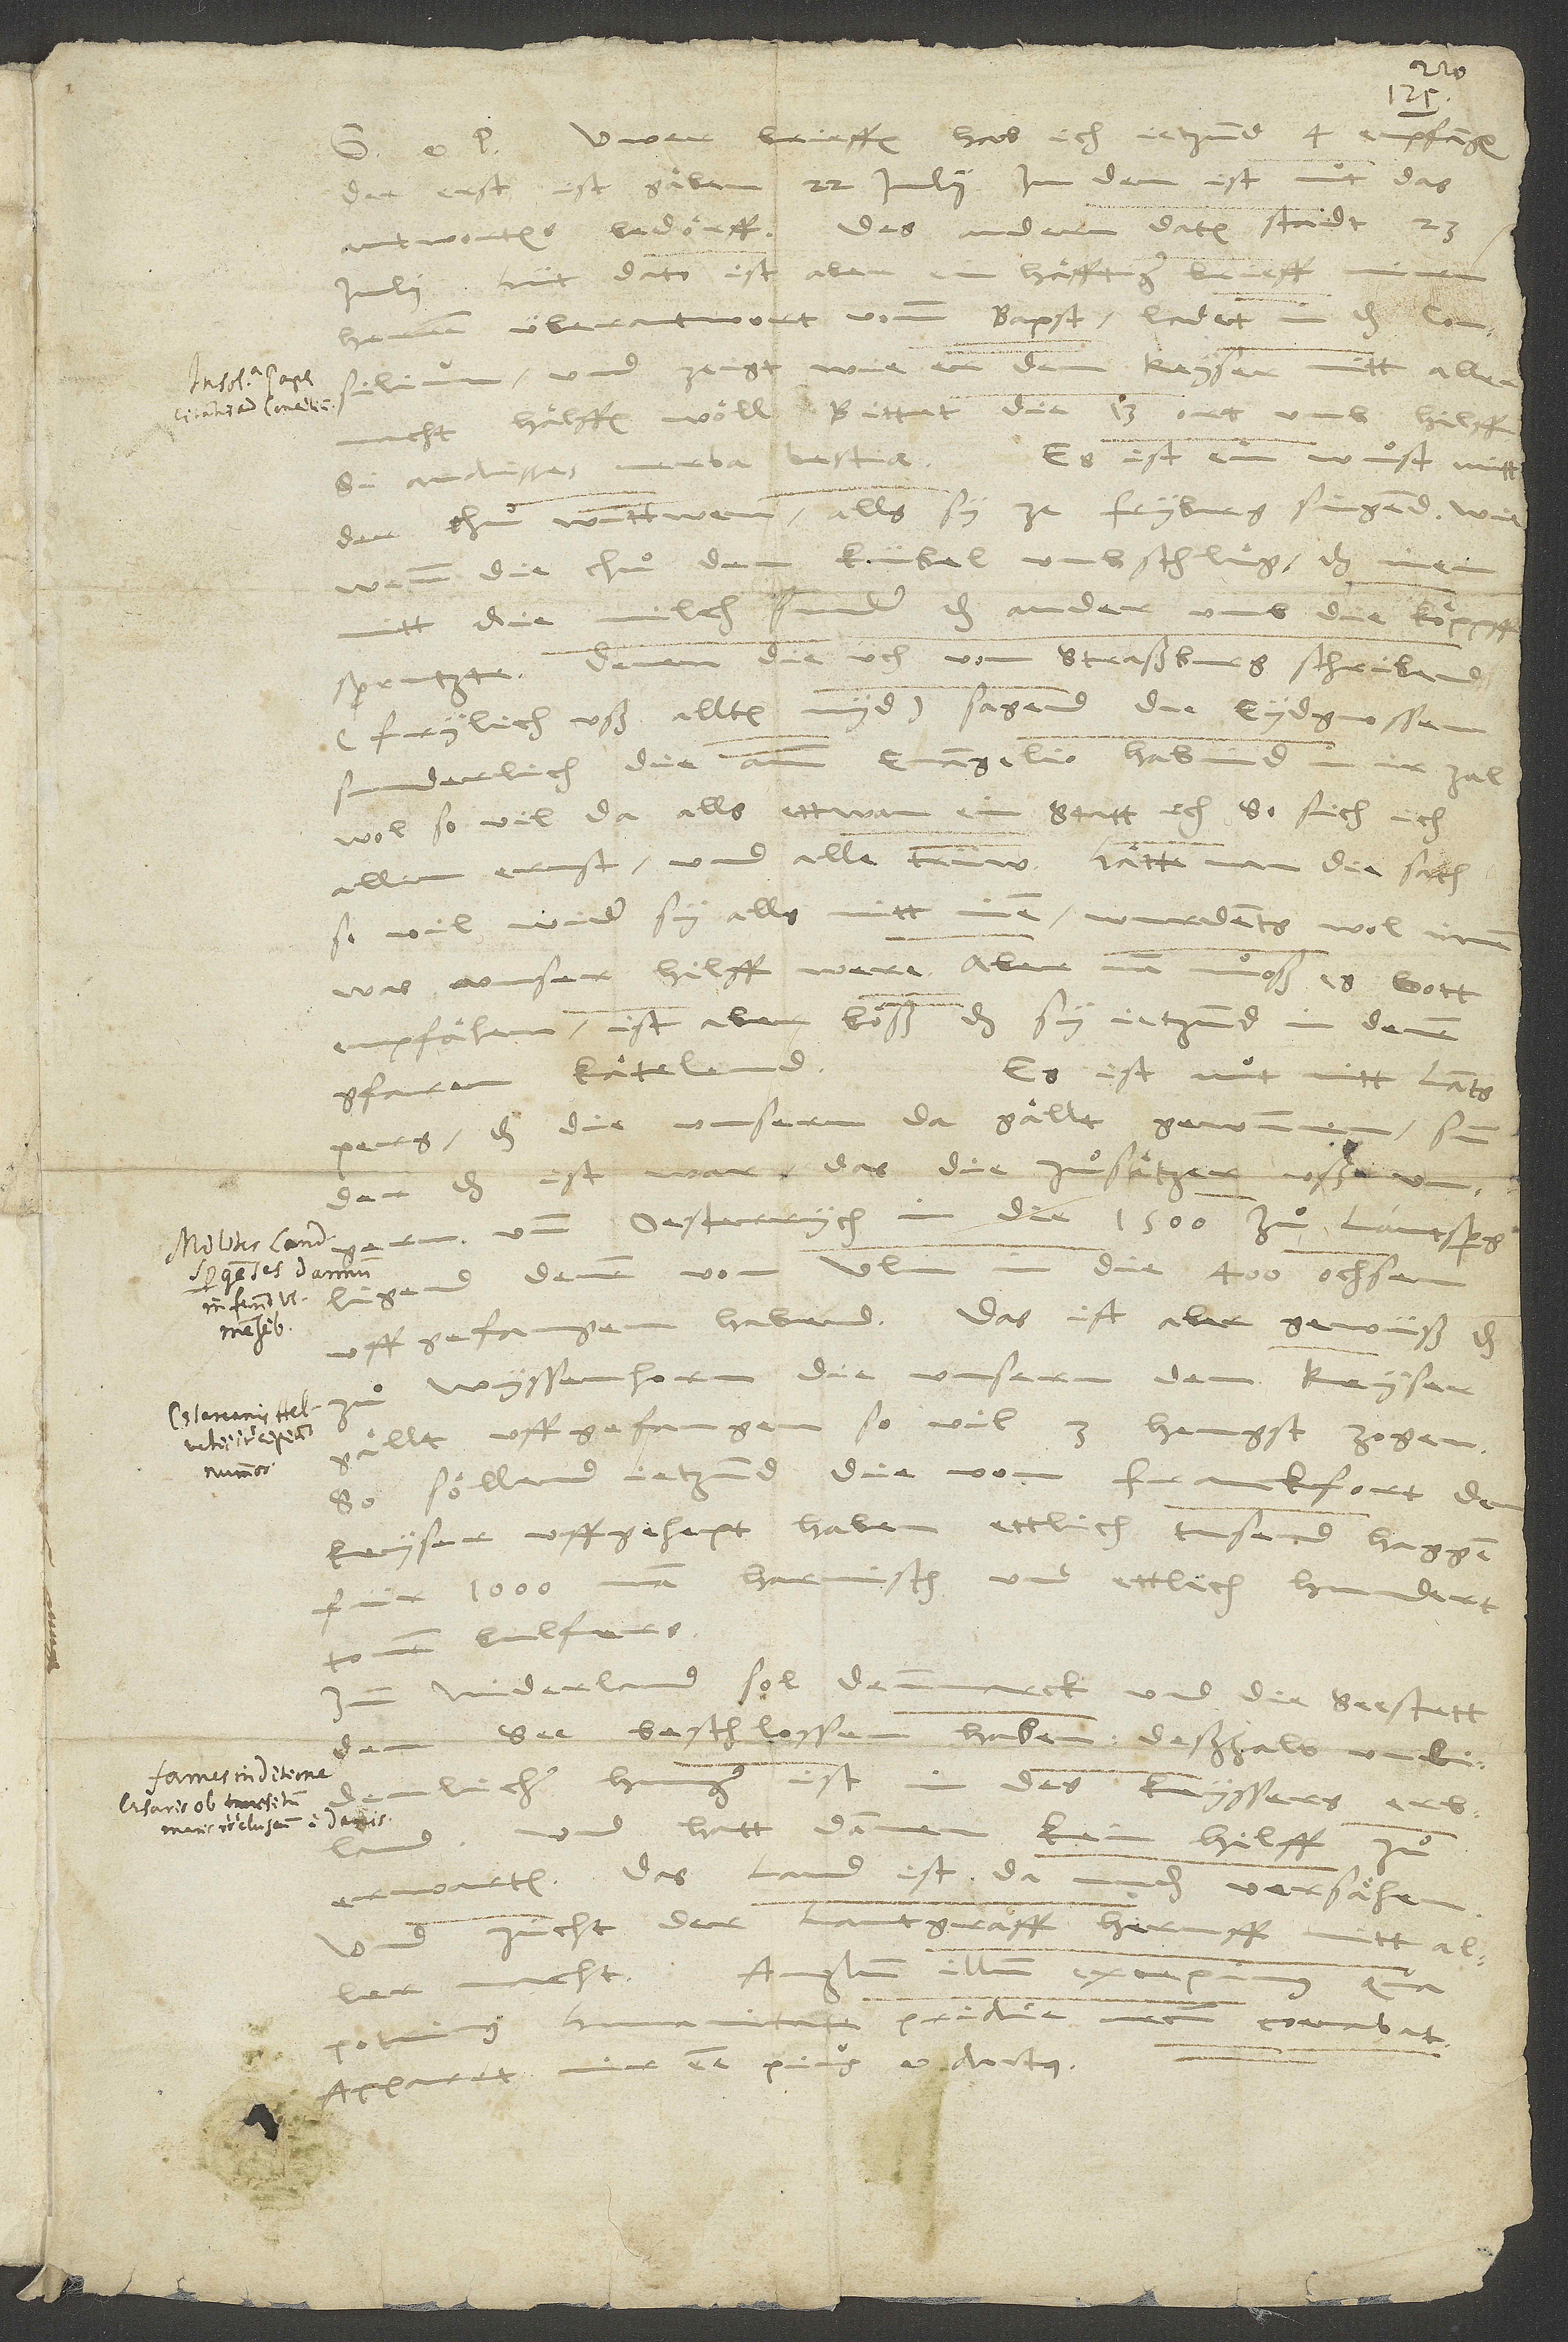
Uwer brieffen hab ich jetzund 4 empfangen.
Der erst ist gaͤben 22. julii; in dem ist nut, das
Des andern datum stadt 23.
antwortens bedoͤrff.
Hüt dato ist aber ein haͤfftiger brieff minen
herren überantwort vomm bapst. Ladet in das
wie er dem keyser mitt aller
consilium und zeigt,
Bittet die 13 ort umb hilff.
haͤlffen woͤll.
bestiae! Es ist ein wuͦst mitt
Si audisses verba
der chuͦwittwen, alls sy ze Fryburg singend. Wie,
wenn die chuͦ den kübel umbschluͤg, das inen
sunder das ander umb die koͤppff
nitt die milch,
Denen, die üch von Straßburg schribend
(frylich uß alltem nyd), sagend, die Eydgnossen,
sonderlich die amm evangelio, habind in ir zal
wol so vil da alls ettwan ein statt, etc. So sich ich
allen ernst und alle trüw. Hätte man die sach,
so vil wider sy, alls mitt inen, wurdents wol inen,
was unser hilff were. Aber man muͦß es gott
empfaͤlen. Ist aber boͤß, das sy ietzund in denen
gfaren kaͤtelend.
Es ist nut mitt Lantsperg,
das die unsern da gaͤllt gewunnen, sunder
ist war, das die zuͦsaͤtzer uß Ungern
und Oesterrych in die 1’500 zuͦ Lantsperg
ligend, denen von Ulm in die 400 ochsenn
uffgefangen habend. Das ist aber gewüß, das
zuͦ Wyssenhorn die unsern dem keyser
gaͤllt uffgefangen, so vil 3 hengst zogen.
So soͤllend ietzund die von Franckfort dem
keyser uffgehept haben ettlich tusend haggen,
für 1’000 mann harnisch und ettlich hundert
bulfers.
Niderland sol Denmarck und die seestett
see beschlossen haben. Deßhalb unlidenlicher
hunger ist in des keyssers erbland,
und hatt dannen kein hilff zuͦ
d.
erwarten. Das land ist da unden versaͤhen,
zücht der lantgraff heruff mitt aller
Anglum illum excepimus,
macht.
Pridie mecum coenabat.
Apparet vir esse pius et doctus.